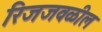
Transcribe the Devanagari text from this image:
रिजजवळील